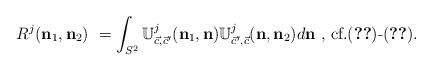
LaTeX: \begin{align*}R^{j}(\mathbf{n}_{1},\mathbf{n}_{2})\ =\int_{S^{2}}\mathbb{U}_{\vec{c},{\vec{c}}^{\prime}}^{j}(\mathbf{n}_{1},\mathbf{n})\mathbb{U}_{\vec{c}^{\prime},{\vec{c}}}^{j}(\mathbf{n},\mathbf{n}_{2})d\mathbf{n}\ \text{, cf.(\ref{Rc})-(\ref{leg1}). } \end{align*}